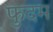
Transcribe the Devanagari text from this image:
फुदम